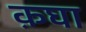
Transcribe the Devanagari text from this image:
क़घा